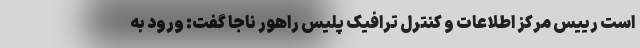
است رییس مرکز اطلاعات و کنترل ترافیک پلیس راهور ناجا گفت: ورود به